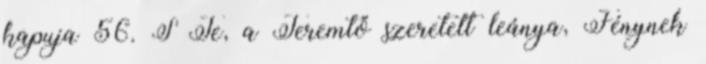
kapuja 56. S Te, a Teremtő szeretett leánya, Fénynek